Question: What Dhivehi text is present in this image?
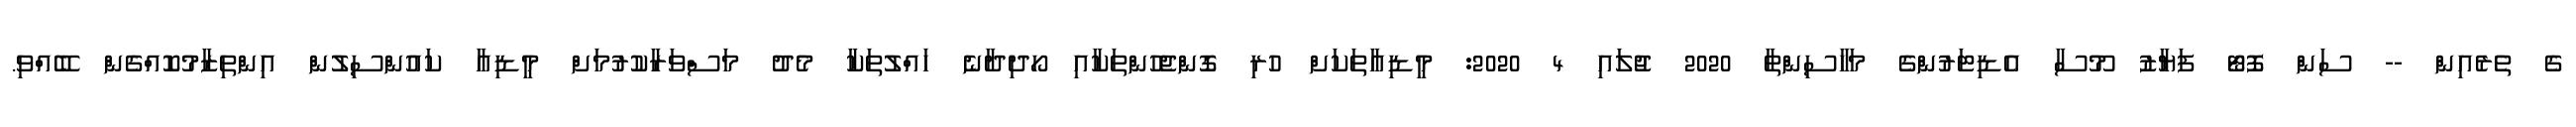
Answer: ގެ ތެރެއިން -- ސަން ފޮޓޯ ފަޔާޒު މޫސާ އެޑިޓަރުންގެ މަހާސިންތާ 2020 ޖުލައި 4 2020: މީޑިއާތަކަށް ހުރި ގޮންޖެހުންތަކާއި ހޯދިދާނެ ހައްލުތަކާ މެދު މަސްވަރާކުރުމަށް މީޑިއާ ކައުންސިލުން އިންތިޒާމުކޮއްގެން ބޭއްވި.